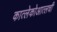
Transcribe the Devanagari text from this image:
कात्लेकोआत्लची